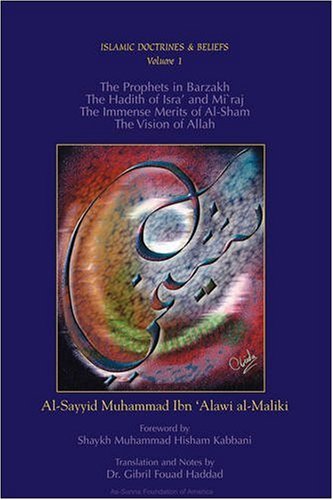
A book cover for The Prophets in Barzakh/The Hadith of Isra' and Mi`raj/The Immense Merits of Al-Sham/The Vision of Allah; Al-Sayyid Muhammad Ibn `Alawi al-Maliki; Religion & Spirituality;